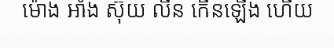
ម៉ោង អាំង ស៊ុយ លីន កើនឡើង ហើយ